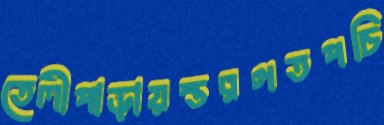
তেলীপাড়ায়স্তরগতপচি